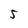
Character: 5